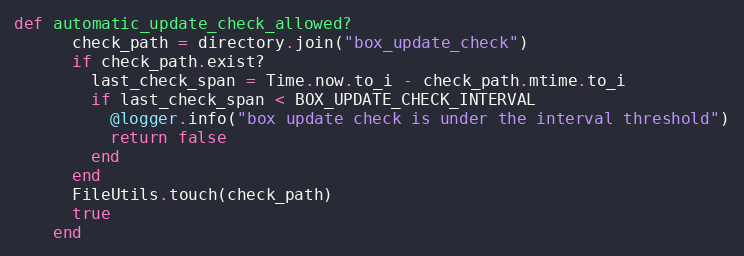
Language: Ruby
def automatic_update_check_allowed?
      check_path = directory.join("box_update_check")
      if check_path.exist?
        last_check_span = Time.now.to_i - check_path.mtime.to_i
        if last_check_span < BOX_UPDATE_CHECK_INTERVAL
          @logger.info("box update check is under the interval threshold")
          return false
        end
      end
      FileUtils.touch(check_path)
      true
    end